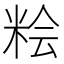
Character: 𱸾